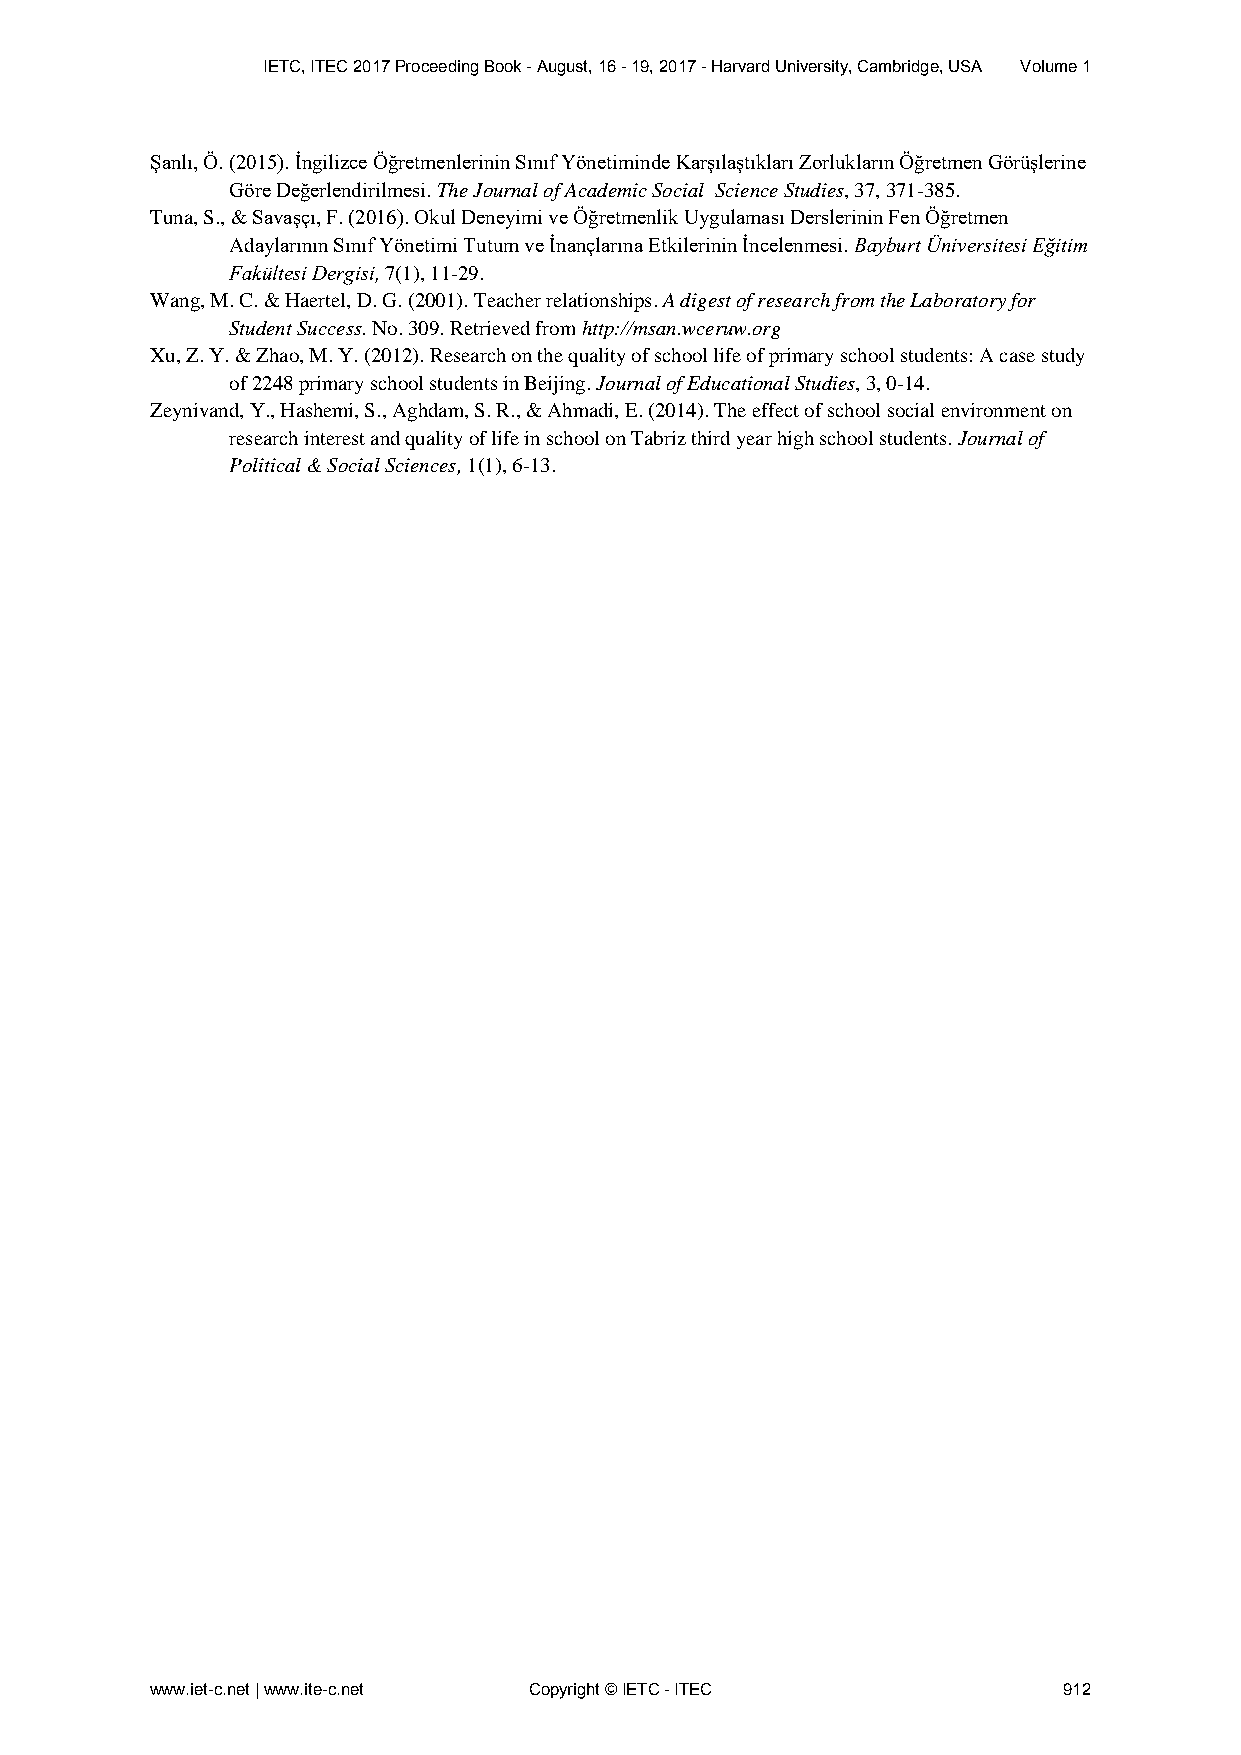
IETC, ITEC 2017 Proceeding Book - August, 16 - 19, 2017 - Harvard University, Cambridge, USA Volume 1
 Şanlı, Ö. (2015). İngilizce Öğretmenlerinin Sınıf Yönetiminde Karşılaştıkları Zorlukların Öğretmen Görüşlerine
 Göre Değerlendirilmesi. The Journal of Academic Social Science Studies, 37, 371-385.
 Tuna, S., & Savaşçı, F. (2016). Okul Deneyimi ve Öğretmenlik Uygulaması Derslerinin Fen Öğretmen
 Adaylarının Sınıf Yönetimi Tutum ve İnançlarına Etkilerinin İncelenmesi. Bayburt Üniversitesi Eğitim
 Fakültesi Dergisi, 7(1), 11-29.
 Wang, M. C. & Haertel, D. G. (2001). Teacher relationships. A digest of research from the Laboratory for
 Student Success. No. 309. Retrieved from http://msan.wceruw.org
 Xu, Z. Y. & Zhao, M. Y. (2012). Research on the quality of school life of primary school students: A case study
 of 2248 primary school students in Beijing. Journal of Educational Studies, 3, 0-14.
 Zeynivand, Y., Hashemi, S., Aghdam, S. R., & Ahmadi, E. (2014). The effect of school social environment on
 research interest and quality of life in school on Tabriz third year high school students. Journal of
 Political & Social Sciences, 1(1), 6-13.
 www.iet-c.net | www.ite-c.net Copyright © IETC - ITEC       912